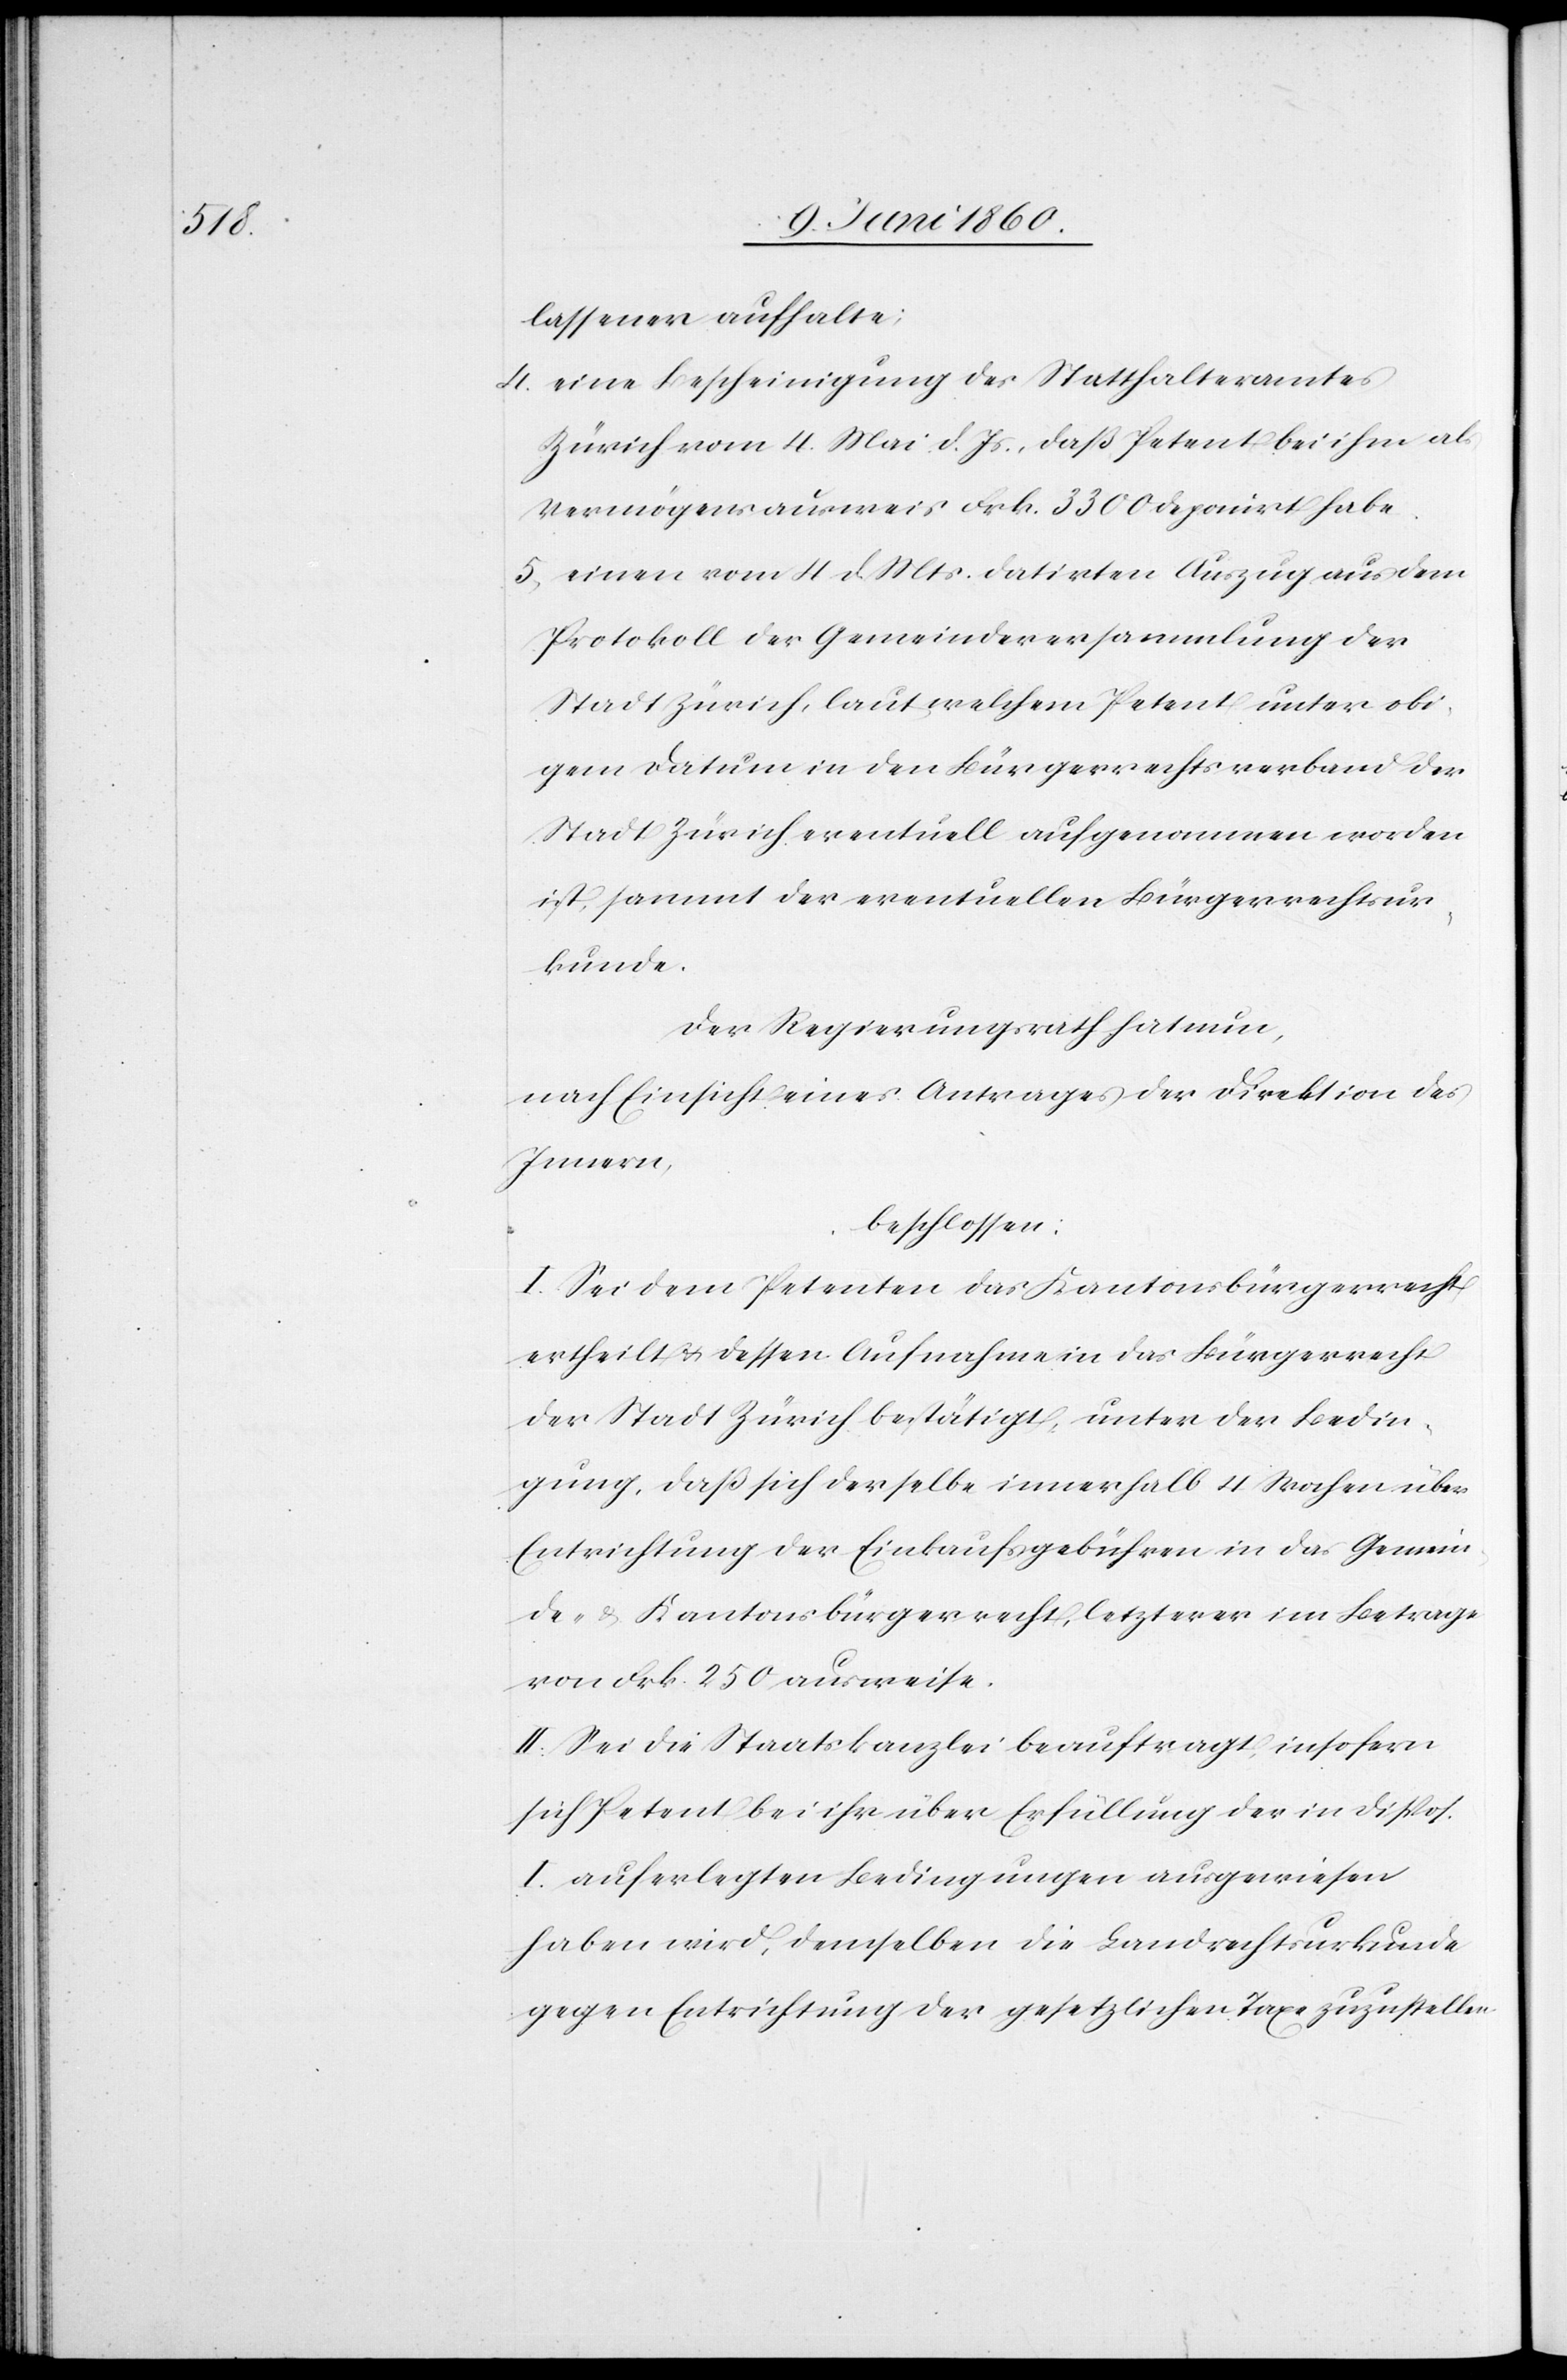
lassenen aufhalte;
4. eine Bescheinigung des Statthalteramtes
Zürich vom 4. Mai d. Js., dass Petent bei ihm als
Vermögensausweis Frk. 3300 deponirt habe.
5. einen vom 4. d. Mts. datirten Auszug aus dem
Protokoll der Gemeindeversammlung der
Stadt Zürich, laut welchem Petent unter obi¬
gem Datum in den Bürgerrechtsverband der
Stadt Zürich eventuell aufgenommen worden
ist, sammt der eventuellen Bürgerrechtsur¬
kunde.
Der Regierungsrath hat nun;
nach Einsicht eines Antrages der Direktion des
Innern,
beschlossen:
I. Sei dem Petenten das Kantonalbürgerrecht
ertheilt u. dessen Aufnahme in das Bürgerrecht
der Stadt Zürich bestätigt, unter der Bedin¬
gung, daß sich derselbe innerhalb 4 Wochen über
Entrichtung der Einkaufsgebühren in das Gemein¬
de- u. Kantonsbürgerrecht, letzterer im Betrage
von Frk. 250 ausweise.
II. Sei die Staatskanzlei beauftragt, insofern
sich Petent bei ihr über Erfüllung der in Dispos.
I auferlegten Bedingungen ausgewiesen
haben wird, demselben die Landrechtsurkunde
gegen Entrichtung der gesetzlichen Taxe zuzustellen.